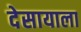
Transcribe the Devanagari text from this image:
देसायाला